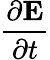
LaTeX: \frac{\partial\mathbf{E}}{\partial t}